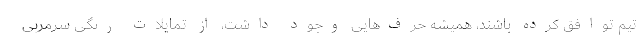
تیم توافق کرده باشند، همیشه حرف‌هایی وجود داشت، از تمایلات رنگی سرمربی